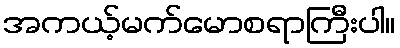
အကယ့်မက်မောစရာကြီးပါ။